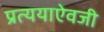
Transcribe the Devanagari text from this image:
प्रत्ययाऐवजी